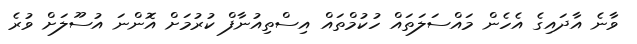
ވާނެ އާދައިގެ އެހެން މައްސަލަތައް ހުކުމްތައް އިސްތިއުނާފް ކުރުމަށް އޮންނަ އުސޫލަށް ވުރެ